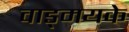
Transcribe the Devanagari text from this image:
वाड्मयके